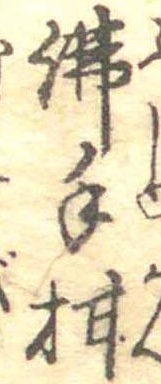
仏手柑